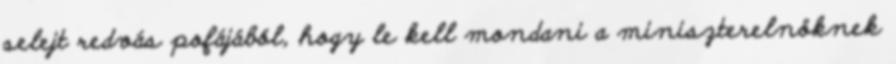
selejt redvás pofájából, hogy le kell mondani a miniszterelnöknek